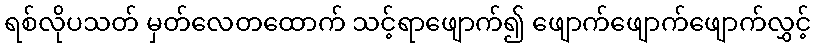
ရစ်လိုပသတ် မှတ်လေတထောက် သင့်ရာဖျောက်၍ ဖျောက်ဖျောက်ဖျောက်လွှင့်